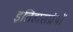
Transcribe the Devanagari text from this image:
इतिहासग्रंथों